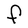
Character: F